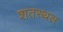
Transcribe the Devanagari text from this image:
शतस्थल